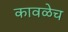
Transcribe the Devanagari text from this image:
कावळेच